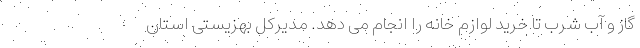
گاز و آب شرب تا خرید لوازم خانه را انجام می دهد. مدیرکل بهزیستی استان